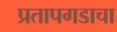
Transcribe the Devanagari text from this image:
प्रतापगडाचा